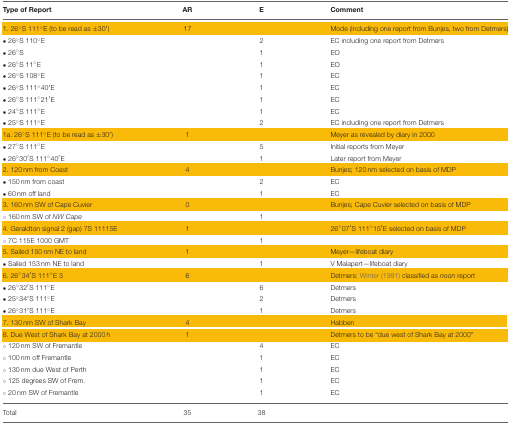
<table><thead><tr><td><b>Type of Report</b></td><td><b>AR</b></td><td><b>E</b></td><td><b>Comment</b></td></tr></thead><tbody><tr><td>1.26°S 111°E (to be read as ±30′)</td><td>17</td><td></td><td>Mode (including one report from Bunjes, two from Detmers)</td></tr><tr><td>• 26°S 110°E</td><td></td><td>2</td><td>EC including one report from Detmers</td></tr><tr><td>• 26°S</td><td></td><td>1</td><td>EO</td></tr><tr><td>• 26°S 11°E</td><td></td><td>1</td><td>EO</td></tr><tr><td>• 26°S 108°E</td><td></td><td>1</td><td>EC</td></tr><tr><td>• 26°S 111°40′E</td><td></td><td>1</td><td>EC</td></tr><tr><td>• 26°S 111°21′E</td><td></td><td>1</td><td>EC</td></tr><tr><td>• 24°S 111°E</td><td></td><td>1</td><td>EC</td></tr><tr><td>• 25°S 111°E</td><td></td><td>2</td><td>EC including one report from Detmers</td></tr><tr><td>1a. 26°S 111°E (to be read as ±30′)</td><td>1</td><td></td><td>Meyer as revealed by diary in 2000</td></tr><tr><td>• 27°S 111°E</td><td></td><td>5</td><td>Initial reports from Meyer</td></tr><tr><td>• 26°30′S 111°40′E</td><td></td><td>1</td><td>Later report from Meyer</td></tr><tr><td>2.120 nm from Coast</td><td>4</td><td></td><td>Bunjes; 120 nm selected on basis of MDP</td></tr><tr><td>• 150 nm from coast</td><td></td><td>2</td><td>EC</td></tr><tr><td>• 60 nm off land</td><td></td><td>1</td><td>EC</td></tr><tr><td>3.160 nm SW of Cape Cuvier</td><td>0</td><td></td><td>Bunjes; Cape Cuvier selected on basis of MDP</td></tr><tr><td>° 160 nm SW of <i>NW Cape</i></td><td></td><td>1</td><td></td></tr><tr><td>4. Geraldton signal 2 (gap) 7S 11115E</td><td>1</td><td></td><td>26°07′S 111°15′E selected on basis of MDP</td></tr><tr><td>° 7C 115E 1000 GMT</td><td></td><td>1</td><td></td></tr><tr><td>5. Sailed 150 nm NE to land</td><td>1</td><td></td><td>Meyer—lifeboat diary</td></tr><tr><td>• Sailed 153 nm NE to land</td><td></td><td>1</td><td>V Malapert—lifeboat diary</td></tr><tr><td>6.26°34′S 111°E 3</td><td>6</td><td></td><td>Detmers: Winter (1991) classified as <i>noon</i> report</td></tr><tr><td>• 26°32′S 111°E</td><td></td><td>6</td><td>Detmers</td></tr><tr><td>• 25°34′S 111°E</td><td></td><td>2</td><td>Detmers</td></tr><tr><td>• 26°31′S 111°E</td><td></td><td>1</td><td>Detmers</td></tr><tr><td>7.130 nm SW of Shark Bay</td><td>4</td><td></td><td>Habben</td></tr><tr><td>8. Due West of Shark Bay at 2000 h</td><td>1</td><td></td><td>Detmers to be “due west of Shark Bay at 2000”</td></tr><tr><td>° 120 nm SW of Fremantle</td><td></td><td>4</td><td>EC</td></tr><tr><td>° 100 nm off Fremantle</td><td></td><td>1</td><td>EC</td></tr><tr><td>° 130 nm due West of Perth</td><td></td><td>1</td><td>EC</td></tr><tr><td>° 125 degrees SW of Frem.</td><td></td><td>1</td><td>EC</td></tr><tr><td>° 20 nm SW of Fremantle</td><td></td><td>1</td><td>EC</td></tr><tr><td>Total</td><td>35</td><td>38</td><td></td></tr></tbody></table>